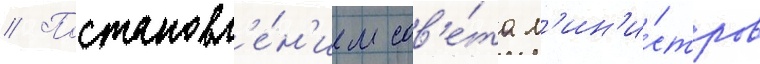
// Постановл'е́н'ием сов'е́та м'ин'и́стров